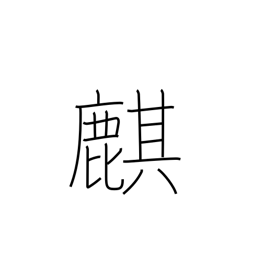
Meaning: Chinese unicorn